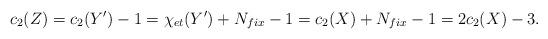
LaTeX: \begin{align*}c_2(Z)=c_2(Y^{\prime})-1=\chi_{et}(Y^{\prime})+N_{fix}-1=c_2(X)+N_{fix}-1=2c_2(X)-3.\end{align*}